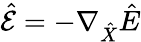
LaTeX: \hat{\mathcal{E}}=-\nabla_{\hat{X}}\hat{E}